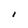
Character: i